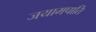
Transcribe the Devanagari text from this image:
जयामपाति